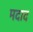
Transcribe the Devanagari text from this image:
मदाद